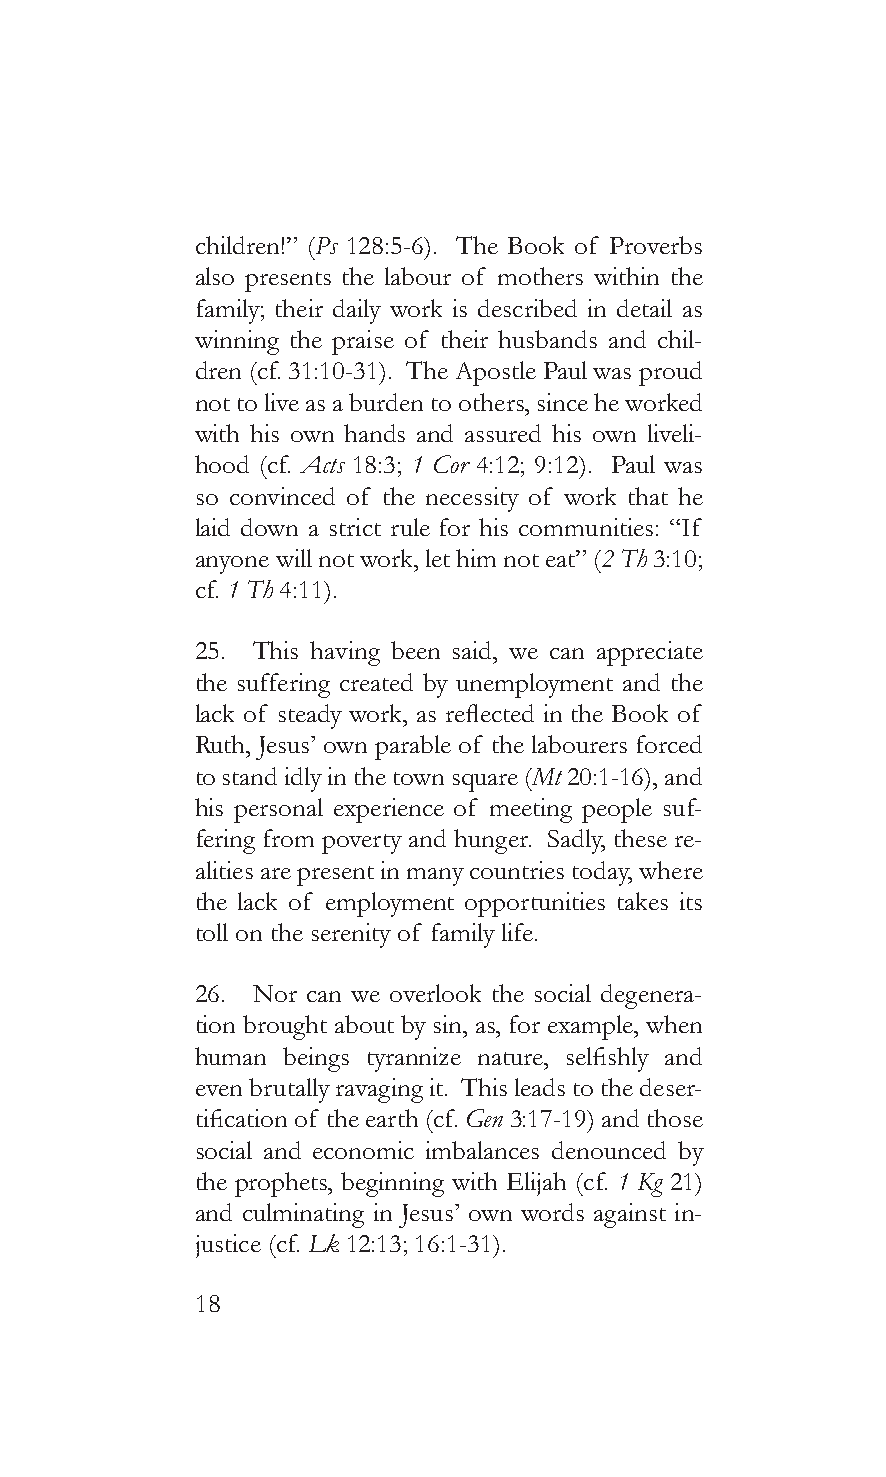
children!” (Ps 128:5-6). The Book of Proverbs
 also presents the labour of mothers within the
 family; their daily work is described in detail as
 winning the praise of their husbands and chil-
 dren (cf. 31:10-31). The Apostle Paul was proud
 not to live as a burden to others, since he worked
 with his own hands and assured his own liveli-
 hood (cf. Acts 18:3; 1 Cor 4:12; 9:12). Paul was
 so convinced of the necessity of work that he
 laid down a strict rule for his communities: “If
 anyone will not work, let him not eat” (2 Th 3:10;
 cf. 1 Th 4:11).
 25. This having been said, we can appreciate
 the suffering created by unemployment and the
 lack of steady work, as reflected in the Book of
 Ruth, Jesus’ own parable of the labourers forced
 to stand idly in the town square (Mt 20:1-16), and
 his personal experience of meeting people suf-
 fering from poverty and hunger. Sadly, these re-
 alities are present in many countries today, where
 the lack of employment opportunities takes its
 toll on the serenity of family life.
 26. Nor can we overlook the social degenera-
 tion brought about by sin, as, for example, when
 human beings tyrannize nature, selfishly and
 even brutally ravaging it. This leads to the deser-
 tification of the earth (cf. Gen 3:17-19) and those
 social and economic imbalances denounced by
 the prophets, beginning with Elijah (cf. 1 Kg 21)
 and culminating in Jesus’ own words against in-
 justice (cf. Lk 12:13; 16:1-31).
 18